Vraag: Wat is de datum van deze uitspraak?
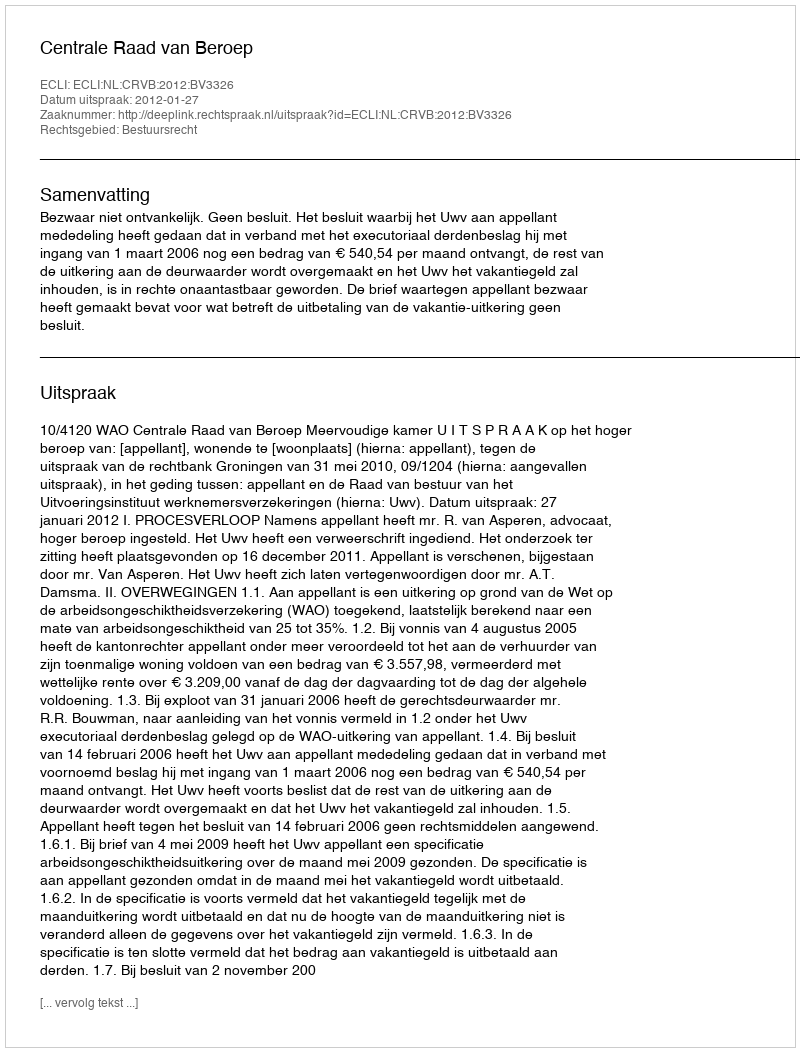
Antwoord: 2012-01-27